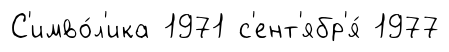
С'имво́л'ика 1971 с'ент'ябр'я́ 1977